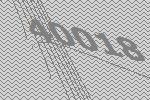
40018